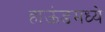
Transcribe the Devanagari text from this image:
हाऊंडमध्ये